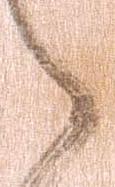
之